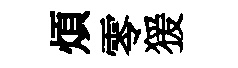
煩零猨